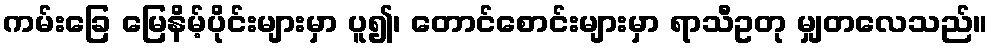
ကမ်းခြေ မြေနိမ့်ပိုင်းများမှာ ပူ၍၊ တောင်စောင်းများမှာ ရာသီဥတု မျှတလေသည်။